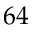
6 4